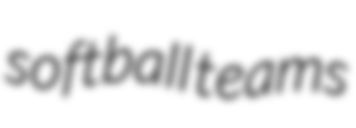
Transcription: softball teams